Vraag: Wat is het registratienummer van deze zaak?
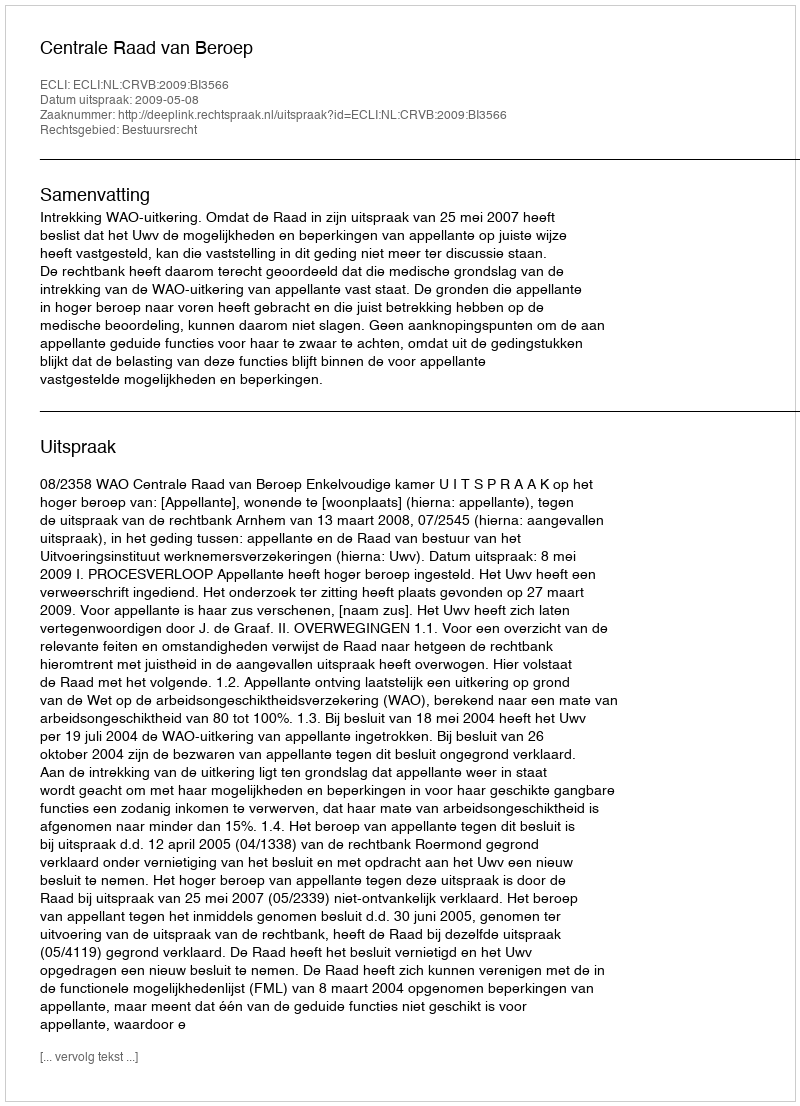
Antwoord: http://deeplink.rechtspraak.nl/uitspraak?id=ECLI:NL:CRVB:2009:BI3566